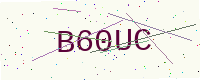
Text: B60UC